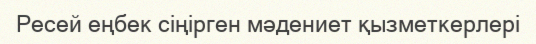
Ресей еңбек сіңірген мәдениет қызметкерлері